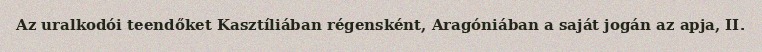
Az uralkodói teendőket Kasztíliában régensként, Aragóniában a saját jogán az apja, II.